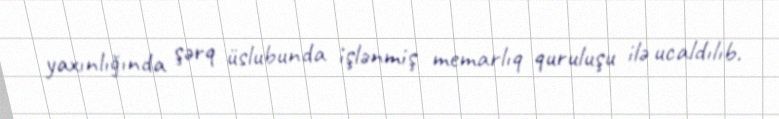
yaxınlığında şərq üslubunda işlənmiş memarlıq quruluşu ilə ucaldılıb.